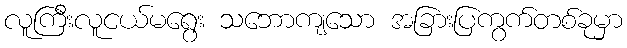
လူကြီးလူငယ်မရွေး သဘောကျသော အခြားပြကွက်တစ်ခုမှာ